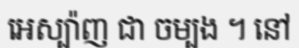
អេស្ប៉ាញ ជា ចម្បង ។ នៅ